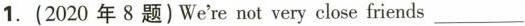
1.(2020年8题)We're not very close friends___